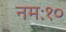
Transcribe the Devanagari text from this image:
नमः१०